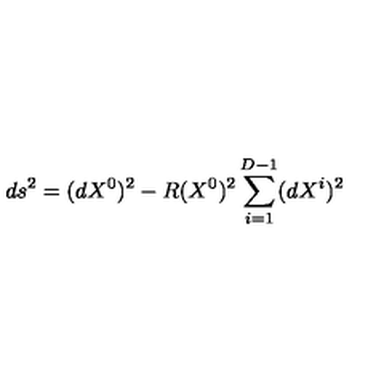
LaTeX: d s ^ { 2 } = ( d X ^ { 0 } ) ^ { 2 } - R ( X ^ { 0 } ) ^ { 2 } \sum _ { i = 1 } ^ { D - 1 } ( d X ^ { i } ) ^ { 2 }